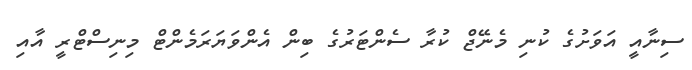
ސިނާއީ އަވަށުގެ ކުނި މެނޭޖް ކުރާ ސެންޓަރުގެ ބިން އެންވަޔަރަމެންޓް މިނިސްޓްރީ އާއި